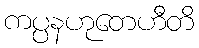
ကပ္ပနဟုတေဟီတိ